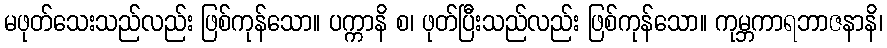
မဖုတ်သေးသည်လည်း ဖြစ်ကုန်သော။ ပက္ကာနိ စ၊ ဖုတ်ပြီးသည်လည်း ဖြစ်ကုန်သော။ ကုမ္ဘကာရဘာဇနာနိ၊